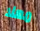
مهلا